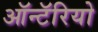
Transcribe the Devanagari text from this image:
ऑन्टॅरियो